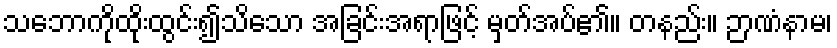
သဘောကိုထိုးထွင်း၍သိသော အခြင်းအရာဖြင့် မှတ်အပ်၏။ တနည်း။ ဉာဏံနာမ၊